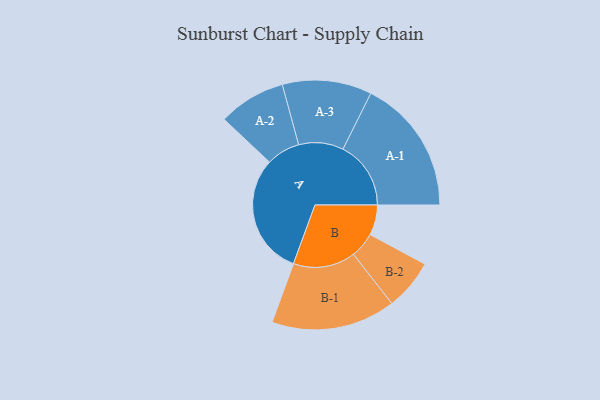
{"axis": {"x": "Segment", "y": "Value"}, "legend": ["", "A", "B"], "data": [{"x": "A", "y": 485, "type": ""}, {"x": "B", "y": 121, "type": ""}, {"x": "A-1", "y": 272, "type": "A"}, {"x": "A-2", "y": 135, "type": "A"}, {"x": "A-3", "y": 179, "type": "A"}, {"x": "B-1", "y": 249, "type": "B"}, {"x": "B-2", "y": 102, "type": "B"}]}